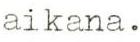
aikana.